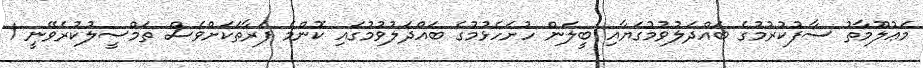
މަޢުލޫމާތު ސާފުކުރުމުގެ ބައްދަލުވުމުގަޔާއި ބީލަން ހުށަހެޅުމުގެ ބައްދަލުވުމުގައި ކޮންމެ ފަރާތަކަށްވެސް ތަމްސީލުކުރެވޭނީ 1